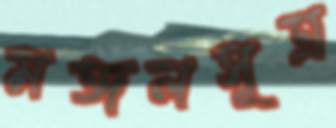
মঙ্গলসূত্র